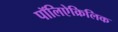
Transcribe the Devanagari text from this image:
पॉलिऐक्रिलिक